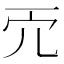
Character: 𠑺